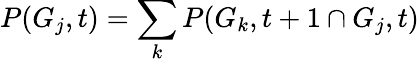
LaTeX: P(G_{j},t)=\sum_{k}P(G_{k},t+1\cap G_{j},t)